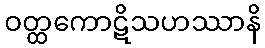
ဝတ္ထကောဋိသဟဿာနိ